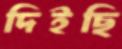
দিইছি